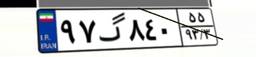
۵۷گ۳۸۴۹۸